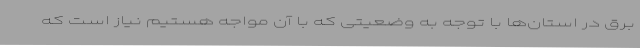
برق در استان‌ها با توجه به وضعیتی که با آن مواجه هستیم نیاز است که